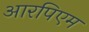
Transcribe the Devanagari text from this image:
आरपिएम